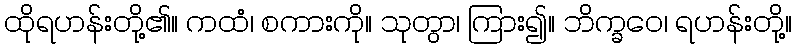
ထိုရဟန်းတို့၏။ ကထံ၊ စကားကို။ သုတွာ၊ ကြား၍။ ဘိက္ခဝေ၊ ရဟန်းတို့။